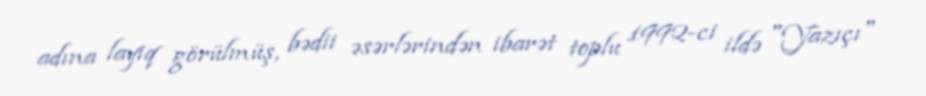
adına layiq görülmüş, bədii əsərlərindən ibarət toplu 1992-ci ildə "Yazıçı"